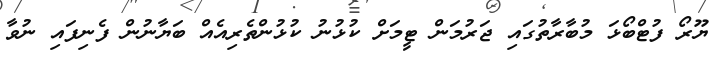
ޔޫރޯ ފުޓްބޯޅަ މުބާރާތުގައި ޖަރުމަން ޓީމަށް ކުޅުނު ކުޅުންތެރިއެއް ބަޔާނުން ފެނިފައި ނުވާ